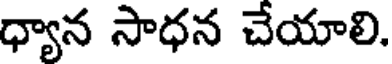
ధ్యాన సాధన చేయాలి.